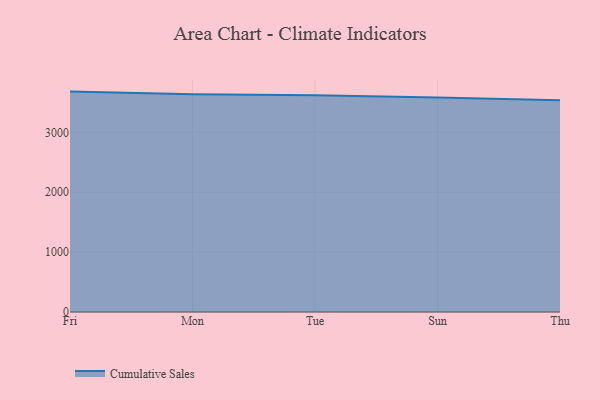
{"axis": {"x": "Day", "y": "Page Views"}, "legend": ["Cumulative Sales"], "data": [{"x": "Fri", "y": 3680.4, "type": "Cumulative Sales"}, {"x": "Mon", "y": 3635.4, "type": "Cumulative Sales"}, {"x": "Tue", "y": 3617.9, "type": "Cumulative Sales"}, {"x": "Sun", "y": 3583.8, "type": "Cumulative Sales"}, {"x": "Thu", "y": 3536.5, "type": "Cumulative Sales"}]}